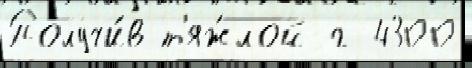
Получи́в т'яж́лой г 4300